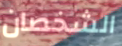
الشخصان